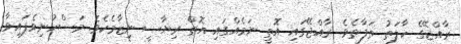
ރާއްޖޭގެ ހާލަތު ތަފާތެވެ. ރާއްޖޭގައި އޮތީ ނަމެއްގައި އޮތް ރިޔާސީ ނިޒާމެކެވެ. މަސްހުނިވެފައިވާ